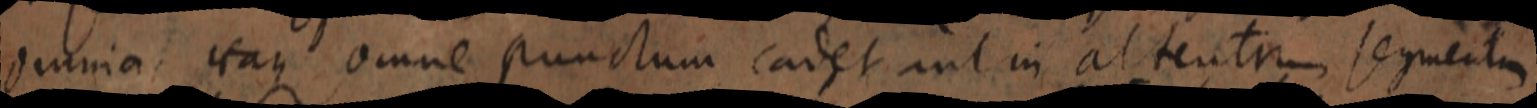
omnia itaque omne punctum cadet aut in altentam seguentum